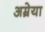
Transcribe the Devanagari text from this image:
अम्रेया